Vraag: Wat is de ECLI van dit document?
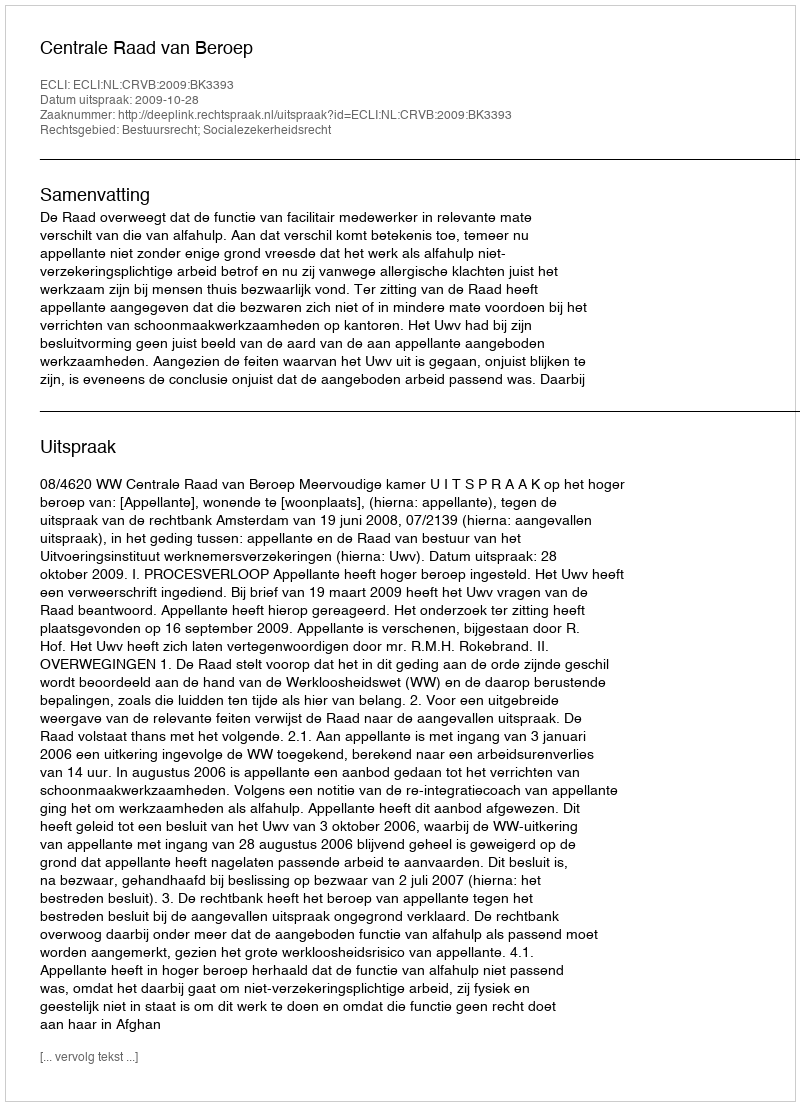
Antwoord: ECLI:NL:CRVB:2009:BK3393